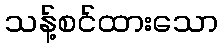
သန့်စင်ထားသော